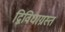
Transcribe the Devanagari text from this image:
द्विविधाग्रस्त